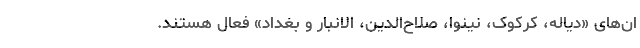
ان‌های «دیاله، کرکوک، نینوا، صلاح‌الدین، الانبار و بغداد» فعال هستند.